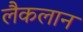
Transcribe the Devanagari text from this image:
लैकलान